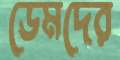
ডেমদের